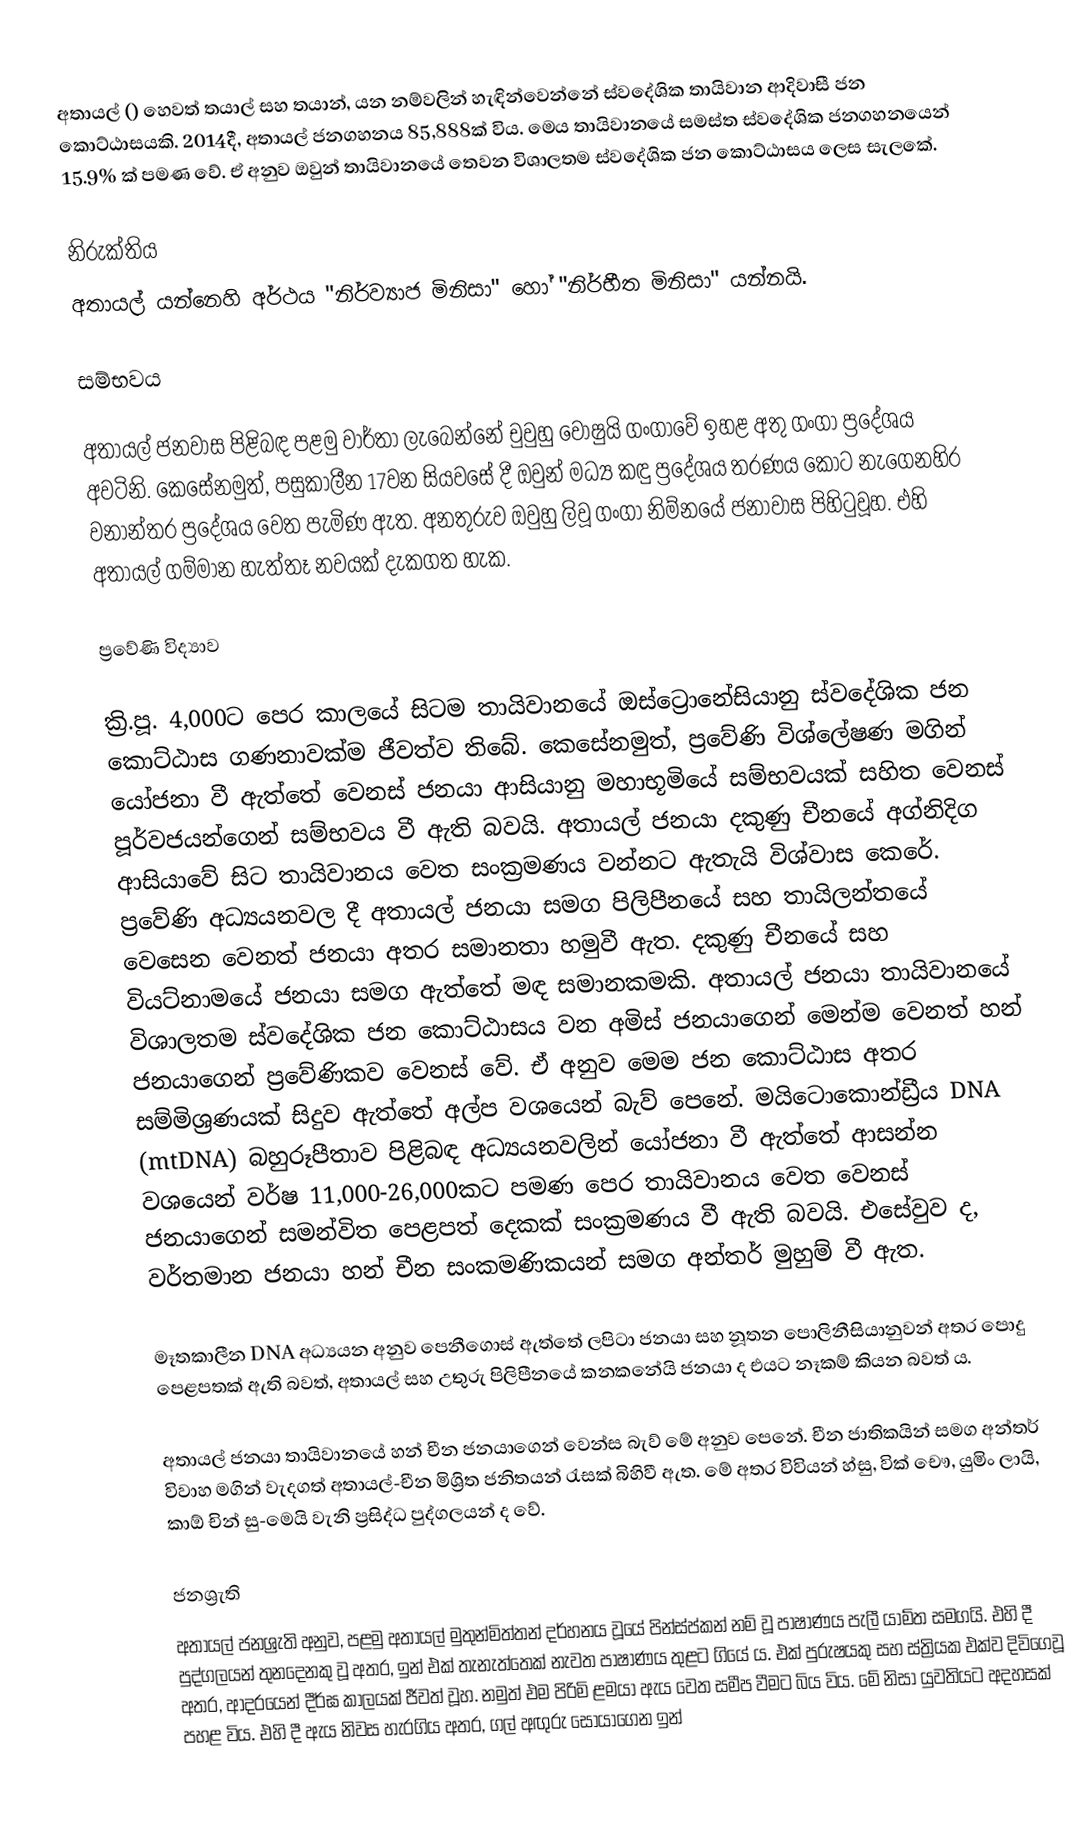
අතායල් () හෙවත් තයාල් සහ තයාන්, යන නම්වලින් හැඳින්වෙන්නේ ස්වදේශික තායිවාන ආදිවාසී ජන කොට්ඨාසයකි. 2014දී, අතායල් ජනගහනය 85,888ක් විය. මෙය තායිවානයේ සමස්ත ස්වදේශික ජනගහනයෙන් 15.9% ක් පමණ වේ. ඒ අනුව ඔවුන් තායිවානයේ තෙවන විශාලතම ස්වදේශික ජන කොට්ඨාසය ලෙස සැලකේ.

නිරුක්තිය
අතායල් යන්නෙහි අර්ථය "නිර්ව්‍යාජ මිනිසා" හෝ "නිර්භීත මිනිසා" යන්නයි.

සම්භවය

අතායල් ජනවාස පිළිබඳ පළමු වාර්තා ලැබෙන්නේ චුවුහු වෝෂුයි ගංගාවේ ඉහළ අතු ගංගා ප්‍රදේශය අවටිනි. කෙසේනමුත්, පසුකාලීන 17වන සියවසේ දී ඔවුන් මධ්‍ය කඳු ප්‍රදේශය තරණය කොට නැගෙනහිර වනාන්තර ප්‍රදේශය වෙත පැමිණ ඇත. අනතුරුව ඔවුහු ලිවූ ගංගා නිම්නයේ ජනාවාස පිහිටුවූහ. එහි අතායල් ගම්මාන හැත්තෑ නවයක් දැකගත හැක.

ප්‍රවේණි විද්‍යාව

ක්‍රි.පූ. 4,000ට පෙර කාලයේ සිටම තායිවානයේ ඔස්ට්‍රොනේසියානු ස්වදේශික ජන කොට්ඨාස ගණනාවක්ම ජීවත්ව තිබේ. කෙසේනමුත්, ප්‍රවේණි විශ්ලේෂණ මගින් යෝජනා වී ඇත්තේ වෙනස් ජනයා ආසියානු මහාභූමියේ සම්භවයක් සහිත වෙනස් පූර්වජයන්ගෙන් සම්භවය වී ඇති බවයි. අතායල් ජනයා දකුණු චීනයේ අග්නිදිග ආසියාවේ සිට තායිවානය වෙත සංක්‍රමණය වන්නට ඇතැයි විශ්වාස කෙරේ. ප්‍රවේණි අධ්‍යයනවල දී අතායල් ජනයා සමග පිලිපීනයේ සහ තායිලන්ත‍යේ වෙසෙන වෙනත් ජනයා අතර සමානතා හමුවී ඇත. දකුණු චීනයේ සහ වියට්නාමයේ ජනයා සමග ඇත්තේ මඳ සමානකමකි. අතායල් ජනයා තායිවානයේ විශාලතම ස්ව‍දේශික ජන කොට්ඨාසය වන අමිස් ජනයාගෙන් මෙන්ම වෙනත් හන් ජනයාගෙන් ප්‍රවේණිකව වෙනස් වේ. ඒ අනුව මෙම ජන කොට්ඨාස අතර සම්මිශ්‍රණයක් සිදුව ඇත්තේ අල්ප වශයෙන් බැව් පෙනේ. මයිටොකොන්ඩ්‍රීය DNA (mtDNA) බහුරූපීතාව පිළිබඳ අධ්‍යයනවලින් යෝජනා වී ඇත්තේ ආසන්න වශයෙන් වර්ෂ 11,000-26,000කට පමණ පෙර තායිවානය වෙත වෙනස් ජනයාගෙන් සමන්විත පෙළපත් දෙකක් සංක්‍රමණය වී ඇති බවයි.  එසේවුව ද, වර්තමාන ජනයා හන් චීන සංකමණිකයන් සමග අන්තර් මුහුම් වී ඇත.

මෑතකාලීන DNA අධ්‍යයන අනුව පෙනීගොස් ඇත්තේ ලපිටා ජනයා සහ නූතන පොලිනීසියානුවන් අතර පොදු පෙළපතක් ඇති බවත්, අතායල් සහ උතුරු පිලිපීනයේ කනකනේයි ජනයා ද එයට නෑකම් කියන බවත් ය.

අතායල් ජනයා තායිවානයේ හන් චීන ජනයාගෙන් වෙන්ස බැව් මේ අනුව පෙනේ. චීන ජාතිකයින් සමග අන්තර් විවාහ මගින් වැදගත් අතායල්-චීන මිශ්‍රිත ජනිතයන් රැසක් බිහිවී ඇත. මේ අතර විවියන් හ්සු, වික් චෞ, යුමිං ලායි, කාඕ චින් සු-මෙයි වැනි ප්‍රසිද්ධ පුද්ගලයන් ද වේ.

ජනශ්‍රැති
අතායල් ජනශ්‍රැති අනුව, පළමු අතායල් මුතුන්මිත්තන් දර්හනය වූයේ පින්ස්ප්කන් නම් වූ පාෂාණය පැලී යාම්ත සමගයි. එහි දී පුද්ගලයන් තුනදෙනකු වූ අතර, ඉන් එක් තැනැත්තෙක් නැවත පාෂාණය තුළට ගියේ ය. එක් පුරුෂයකු සහ ස්ත්‍රියක එක්ව දිවිගෙවූ අතර, ආදරයෙන් දීර්ඝ කාලයක් ජීවත් වූහ. නමුත් එම පිරිමි ළමයා ඇය වෙත සමීප වීමට බිය විය. මේ නිසා යුවතියට අදහසක් පහළ විය. එහි දී ඇය නිවස හැරගිය අතර, ගල් අඟුරු සොයාගෙන ඉන්